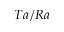
T a / R a